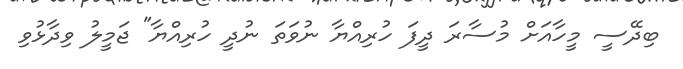
ބިދޭސީ މީހާއަށް މުސާރަ ދީފަ ހުރިއްޔާ ނުވަތަ ނުދީ ހުރިއްޔާ" ޖަމީލު ވިދާޅުވި